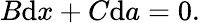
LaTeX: B{\mathrm{d}}x+C{\mathrm{d}}a=0.